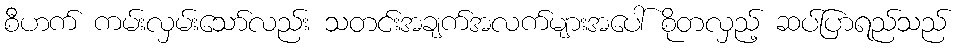
စီဟက် ကမ်းလှမ်းသော်လည်း သတင်းအချက်အလက်များအပေါ် စိုတလှည့် ဆပ်ပြာရည်သည်